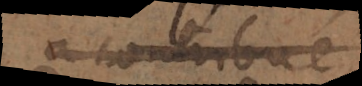
a contribué